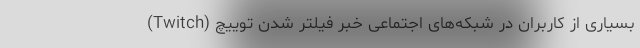
بسیاری از کاربران در شبکه‌های اجتماعی خبر فیلتر شدن توییچ (Twitch)‌